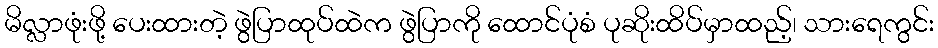
မိလ္လာဖုံးဖို့ ပေးထားတဲ့ ဖွဲပြာထုပ်ထဲက ဖွဲပြာကို ထောင်ပုံစံ ပုဆိုးထိပ်မှာထည့်၊ သားရေကွင်း